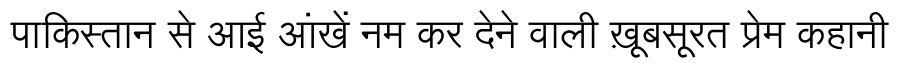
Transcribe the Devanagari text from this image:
पाकिस्तान से आई आंखें नम कर देने वाली ख़ूबसूरत प्रेम कहानी